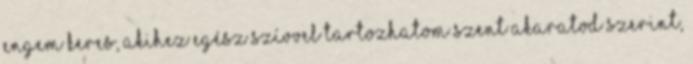
engem keres, akihez egész szívvel tartozhatom szent akaratod szerint,